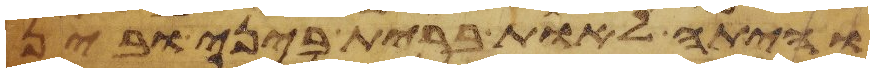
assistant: והיתה לאות ברית ביני ובין